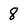
Character: 8